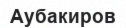
Аубакиров